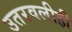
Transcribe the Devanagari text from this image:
उतरवलीही